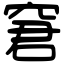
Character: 窘